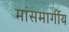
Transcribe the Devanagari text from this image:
मांसमार्गीय